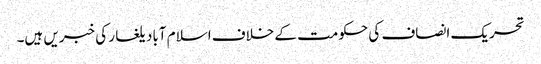
تحریک انصاف کی حکومت کے خلاف اسلام آباد یلغار کی خبریں ہیں۔